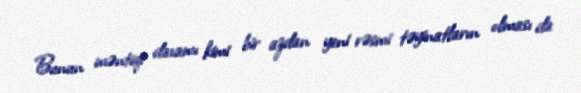
Bunun məntiqi davamı kimi bir azdan yeni rəsmi təyinatların olması da